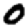
Digit: 0